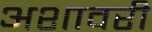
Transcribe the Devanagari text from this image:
अशावरी